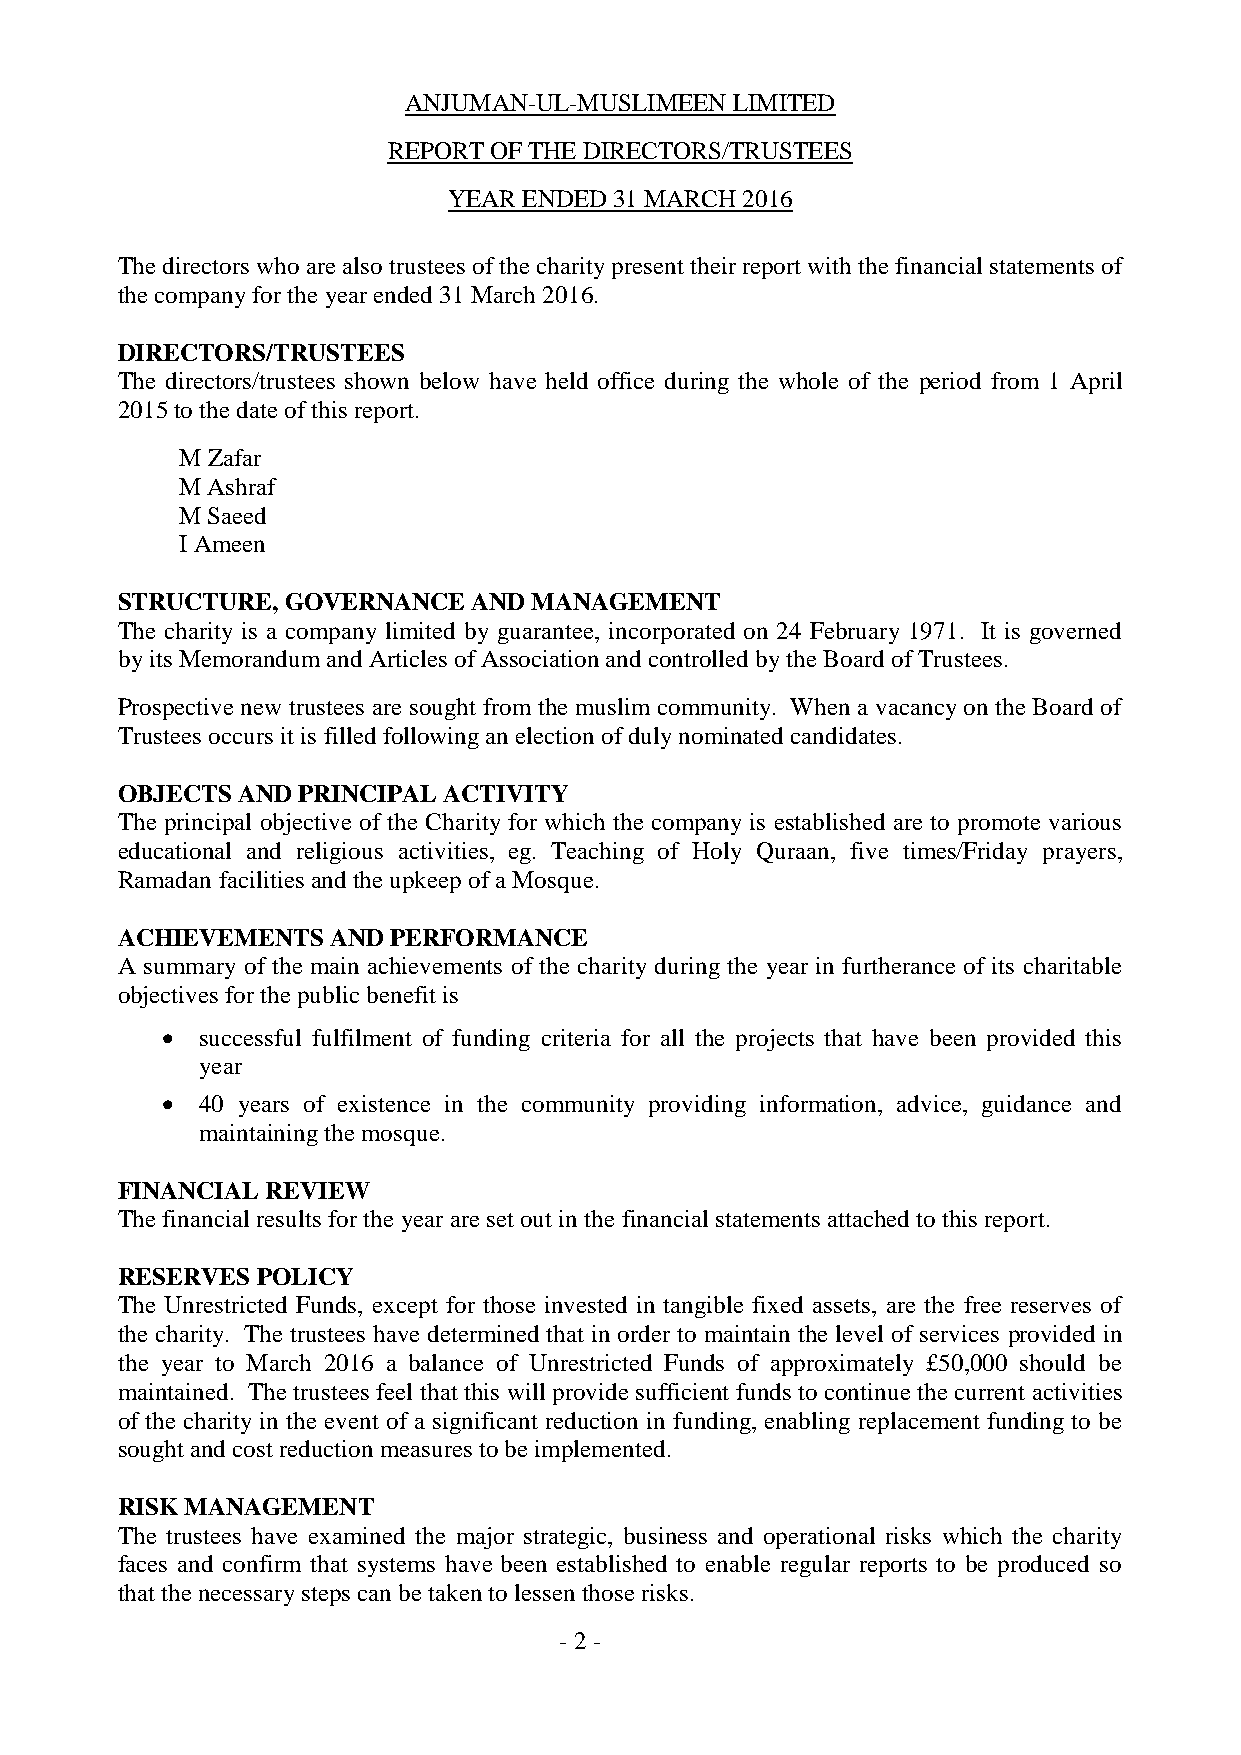
ANJUMAN-UL-MUSLIMEEN LIMITED
 REPORT OF THE DIRECTORS/TRUSTEES
 YEAR ENDED 31 MARCH 2016
 The directors who are also trustees of the charity present their report with the financial statements of
 the company for the year ended 31 March 2016.
 DIRECTORS/TRUSTEES
 The directors/trustees shown below have held office during the whole of the period from 1 April
 2015 to the date of this report.
 M Zafar
 M Ashraf
 M Saeed
 I Ameen
 STRUCTURE, GOVERNANCE  AND MANAGEMENT
 The charity is a company limited by guarantee, incorporated on 24 February 1971. It is governed
 by its Memorandum and Articles of Association and controlled by the Board of Trustees.
 Prospective new trustees are sought from the muslim community. When a vacancy on the Board of
 Trustees occurs it is filled following an election of duly nominated candidates.
 OBJECTS AND PRINCIPAL ACTIVITY
 The principal objective of the Charity for which the company is established are to promote various
 educational and religious activities, eg. Teaching of Holy Quraan, five times/Friday prayers,
 Ramadan facilities and the upkeep of a Mosque.
 ACHIEVEMENTS  AND PERFORMANCE
 A summary of the main achievements of the charity during the year in furtherance of its charitable
 objectives for the public benefit is
  successful fulfilment of funding criteria for all the projects that have been provided this
 year
  40 years of existence in the community providing information, advice, guidance and
 maintaining the mosque.
 FINANCIAL REVIEW
 The financial results for the year are set out in the financial statements attached to this report.
 RESERVES POLICY
 The Unrestricted Funds, except for those invested in tangible fixed assets, are the free reserves of
 the charity. The trustees have determined that in order to maintain the level of services provided in
 the year to March 2016 a balance of Unrestricted Funds of approximately £50,000 should be
 maintained. The trustees feel that this will provide sufficient funds to continue the current activities
 of the charity in the event of a significant reduction in funding, enabling replacement funding to be
 sought and cost reduction measures to be implemented.
 RISK MANAGEMENT
 The trustees have examined the major strategic, business and operational risks which the charity
 faces and confirm that systems have been established to enable regular reports to be produced so
 that the necessary steps can be taken to lessen those risks.
 - 2 -